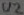
Text: U2